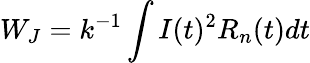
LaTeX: W_{J}=k^{-1}\int I(t)^{2}R_{n}(t)dt